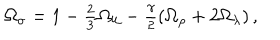
\Omega _ { \sigma } = 1 - \textstyle { \frac { 2 } { 3 } } \Omega _ { \cal U } - \textstyle { \frac { \gamma } { 2 } } ( \Omega _ { \rho } + 2 \Omega _ { \lambda } ) \, ,